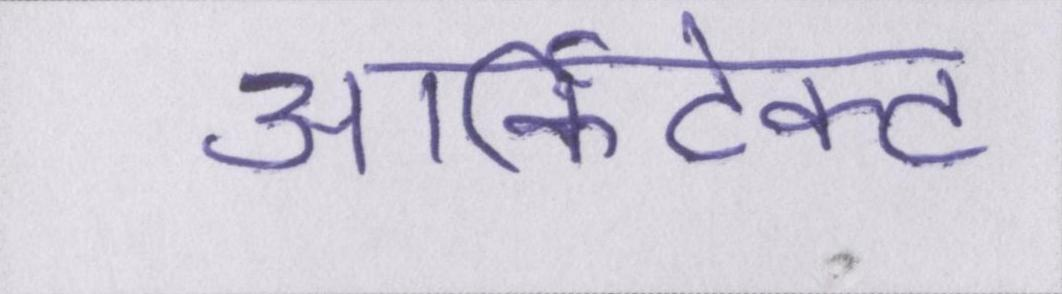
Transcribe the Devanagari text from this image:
आर्किटेक्ट